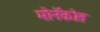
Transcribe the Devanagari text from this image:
मोनॅकोत